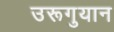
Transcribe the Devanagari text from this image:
उरूगुयान